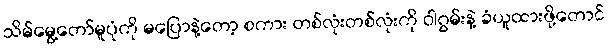
သိမ်မွေ့တော်မူပုံကို မပြောနဲ့တော့ စကား တစ်လုံးတစ်လုံးကို ဝါဂွမ်းနဲ့ ခံယူထားဖို့တောင်